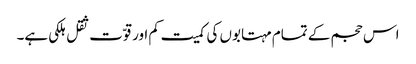
اس حجم کے تمام مہتابوں کی کمیت کم اور قوّت ثقل ہلکی ہے۔